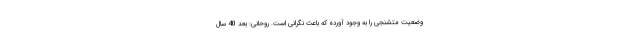
وضعیت متشنجی را به وجود آورده که باعث نگرانی است. روحانی: بعد 40 سال